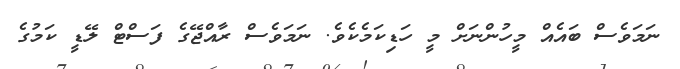
ނަމަވެސް ބައެއް މީހުންނަށް މީ ހަޑިކަމެކެވެ. ނަމަވެސް ރާއްޖޭގެ ފަސްޓް ލޭޑީ ކަމުގެ